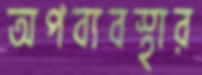
অপব্যবস্থার